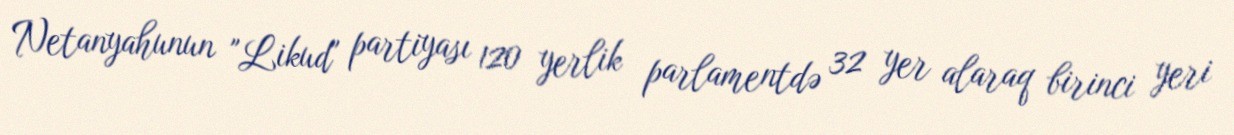
Netanyahunun "Likud" partiyası 120 yerlik parlamentdə 32 yer alaraq birinci yeri